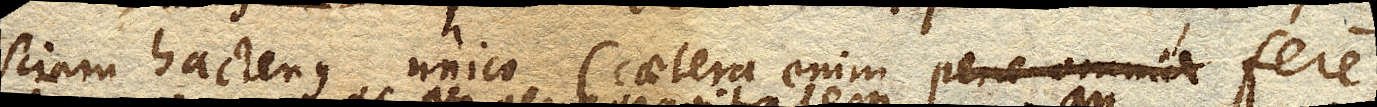
sciam hactenus unico (caetera enim pene omnia fere